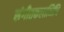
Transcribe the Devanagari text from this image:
संगीतकलानिधि